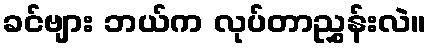
ခင်ဗျား ဘယ်က လုပ်တာညွှန်းလဲ။